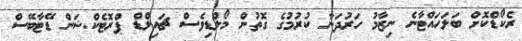
ރެކޯޑްކޮށް ބަލަހައްޓާނެ ނިޒާމު ހަރުދަނާ ކުރުމުގެ ގޮތުން މޯލްޑިވެސް ޗައިލްޑް ޕްރޮޓެކްޝަން ޑޭޓާބޭސް